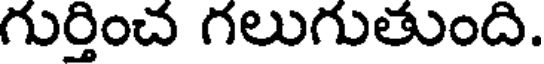
గుర్తించ గలుగుతుంది.